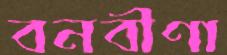
বনবীণা